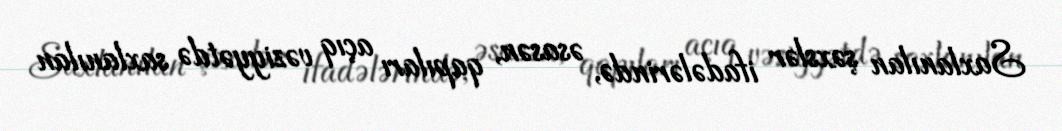
Saxlanılan şəxslər ifadələrində, əsasən, qapıları açıq vəziyyətdə saxlanılan